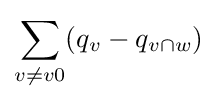
\sum _{v\neq v0}(q_{v}-q_{v\cap w})